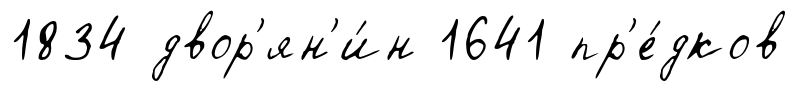
1834 двор'ян'и́н 1641 пр'е́дков